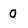
Character: o